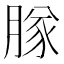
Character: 𬛊